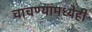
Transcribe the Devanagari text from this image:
चाचण्यांमध्येही